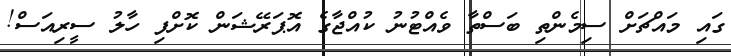
ގައި މައްޗަށް ސިމެންތި ބަސްތާ ވެއްޓުނު ކުއްޖާގެ އޮޕަރޭޝަން ކޮށްފި ހާލު ސީރިއަސް!